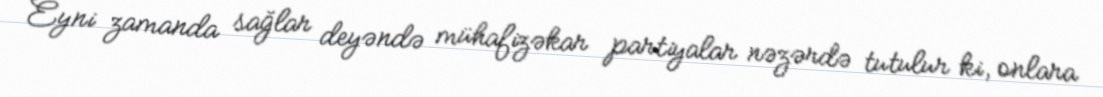
Eyni zamanda sağlar deyəndə mühafizəkar partiyalar nəzərdə tutulur ki, onlara